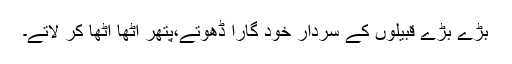
بڑے بڑے قبیلوں کے سردار خود گارا ڈھوتے،پتھر اٹھا اٹھا کر لاتے۔